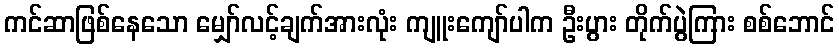
ကင်ဆာဖြစ်နေသော မျှော်လင့်ချက်အားလုံး ကျူးကျော်ပါက ဦးပွား တိုက်ပွဲကြား စစ်ဘောင်